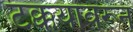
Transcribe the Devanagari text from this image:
टक्कयावरून